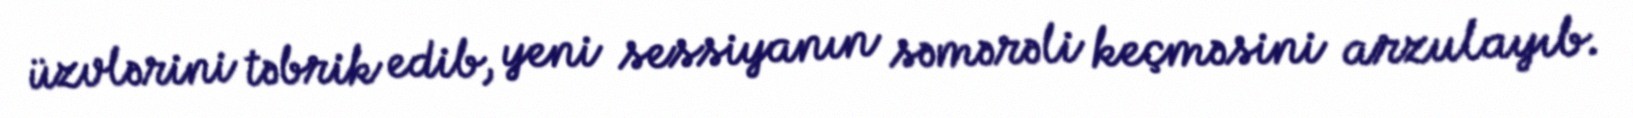
üzvlərini təbrik edib, yeni sessiyanın səmərəli keçməsini arzulayıb.